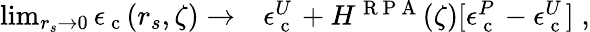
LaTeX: \begin{array}{rl}{\operatorname*{lim}_{r_{s}\to 0}\epsilon_{\mathrm{~c~}}(r_{s},\zeta)\to}&{{}\epsilon_{\mathrm{~c~}}^{U}+H^{\mathrm{~R~P~A~}}(\zeta)[\epsilon_{\mathrm{~c~}}^{P}-\epsilon_{\mathrm{~c~}}^{U}]\; ,}\end{array}